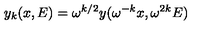
y _ { k } ( x , E ) = \omega ^ { k / 2 } y ( \omega ^ { - k } x , \omega ^ { 2 k } E )